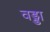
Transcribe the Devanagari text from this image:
वड्डा